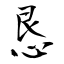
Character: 恳